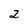
Character: 2